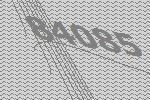
84085